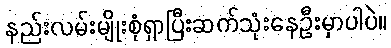
နည်းလမ်းမျိုးစုံရှာပြီးဆက်သုံးနေဦးမှာပါပဲ။